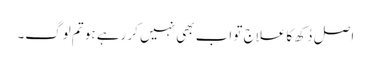
اصل دُکھ کا علاج تو اب بھی نہیں کر رہے ہو تم لوگ۔